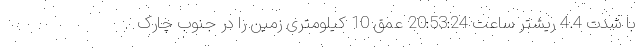
با شدت 4.4 ریشتر ساعت 20:53:24 عمق 10 کیلومتری زمین را در جنوب چارک